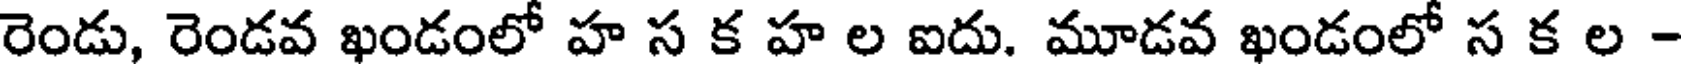
రెండు, రెండవ ఖండంలో హ స క హ ల ఐదు. మూడవ ఖండంలో స క ల -